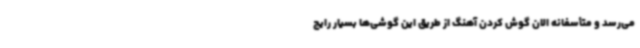
می‌رسد و متأسفانه الان گوش کردن آهنگ از طریق این گوشی‌ها بسیار رایج